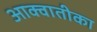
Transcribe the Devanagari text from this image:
आक्वातीका